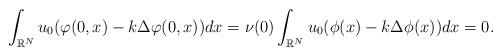
LaTeX: \begin{align*}\int_{\mathbb{R}^{N}}u_0(\varphi(0,x)-k\Delta\varphi(0,x))dx=\nu(0)\int_{\mathbb{R}^{N}}u_0(\phi(x)-k\Delta\phi(x))dx=0.\end{align*}